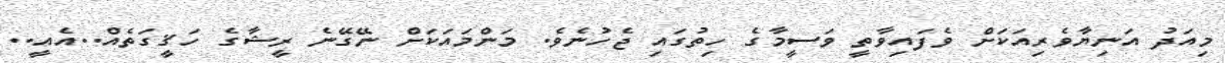
މިއަދު އަނިޔާވެރިއަކަށް ވެފައިވާތީ ވަސީމާގެ ހިތުގައި ޖެހުނެވެ. މަންމައަކަށް ނޭގޭނެ ރީޝާގެ ހަޤީގަތެެއް..އެއީ..